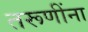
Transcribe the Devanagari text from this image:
तरूणींना